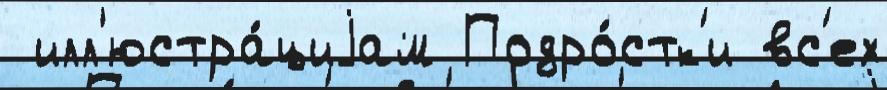
 илл'юстра́циjам Подро́стк'и вс'ех